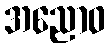
အညောဝ